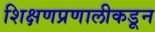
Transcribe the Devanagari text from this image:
शिक्षणप्रणालीकडून